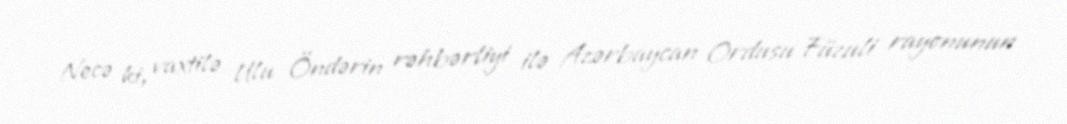
Necə ki, vaxtilə Ulu Öndərin rəhbərliyi ilə Azərbaycan Ordusu Füzuli rayonunun